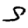
Digit: 5